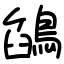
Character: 鵮